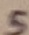
Text: 5